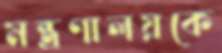
মন্ত্রণালয়কে